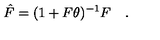
\hat { F } = ( 1 + F \theta ) ^ { - 1 } F \quad .